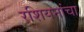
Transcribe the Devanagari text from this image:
रशियनांचा